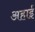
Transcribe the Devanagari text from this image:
अहाई